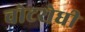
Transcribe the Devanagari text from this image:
चोटरोधी